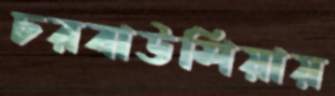
চরবাউশিয়ায়